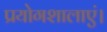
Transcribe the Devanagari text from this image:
प्रयोगशालाएं।